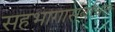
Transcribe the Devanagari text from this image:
सहभागासंबधित